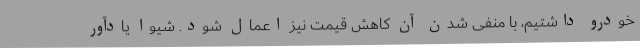
خودرو داشتیم، با منفی شدن آن کاهش قیمت نیز اعمال شود. شیوا یادآور